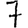
Digit: 7